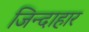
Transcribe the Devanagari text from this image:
जिन्दाहार